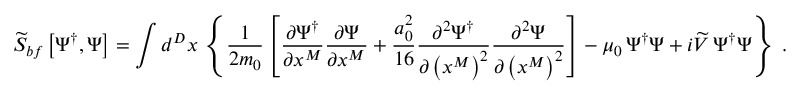
\widetilde { S } _ { b f } \left[ \Psi ^ { \dagger } , \Psi \right] = \int d ^ { D } x \, \left\{ \frac { 1 } { 2 m _ { 0 } } \left[ \frac { \partial \Psi ^ { \dagger } } { \partial x ^ { M } } \frac { \partial \Psi } { \partial x ^ { M } } + \frac { a _ { 0 } ^ { 2 } } { 1 6 } \frac { \partial ^ { 2 } \Psi ^ { \dagger } } { \partial \left( x ^ { M } \right) ^ { 2 } } \frac { \partial ^ { 2 } \Psi } { \partial \left( x ^ { M } \right) ^ { 2 } } \right] - \mu _ { 0 } \, \Psi ^ { \dagger } \Psi + i \widetilde { V } \, \Psi ^ { \dagger } \Psi \right\} \; .